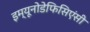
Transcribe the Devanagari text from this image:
इम्यूनोडेफिसिएंसी